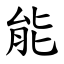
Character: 能